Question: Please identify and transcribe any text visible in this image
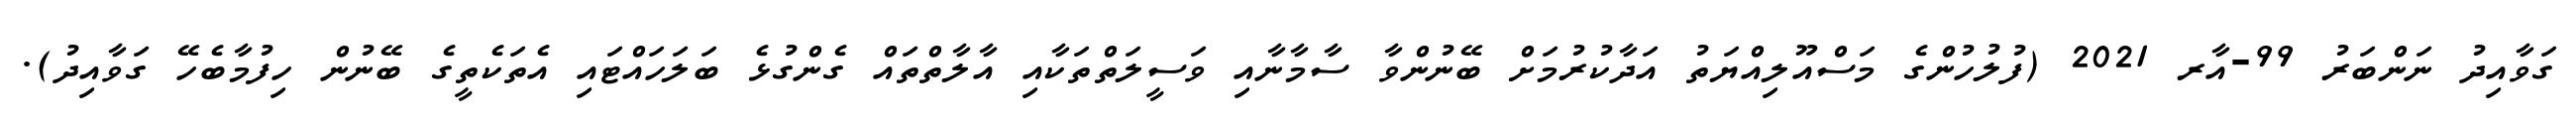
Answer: ގަވާއިދު ނަންބަރު 99-އާރ 2021 (ފުލުހުންގެ މަސްއޫލިއްޔަތު އަދާކުރުމަށް ބޭނުންވާ ސާމާނާއި ވަސީލަތްތަކާއި އާލާތްތައް ގެންގުޅެ ބަލަހައްޓައި އެތަކެތީގެ ބޭނުން ހިފުމާބެހޭ ގަވާއިދު).